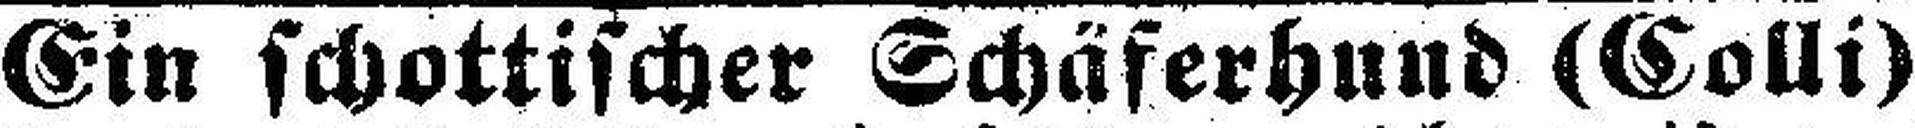
Ein schottischer Schäferhund (Colli)